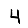
Digit: 4